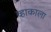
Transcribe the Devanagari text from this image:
व्हाकाला